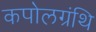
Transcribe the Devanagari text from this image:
कपोलग्रंथि